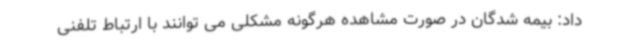
داد: بیمه شدگان در صورت مشاهده هرگونه مشکلی می توانند با ارتباط تلفنی